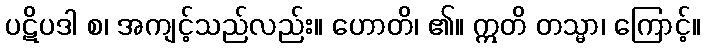
ပဋိပဒါ စ၊ အကျင့်သည်လည်း။ ဟောတိ၊ ၏။ ဣတိ တသ္မာ၊ ကြောင့်။